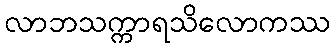
လာဘသက္ကာရသိလောကဿ